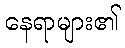
နေရာများ၏